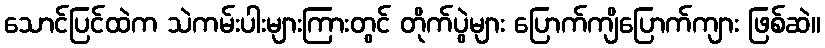
သောင်ပြင်ထဲက သဲကမ်းပါးများကြားတွင် တိုက်ပွဲများ ပြောက်ကျိပြောက်ကျား ဖြစ်ဆဲ။